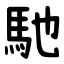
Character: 馳